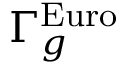
\Gamma _ { g } ^ { \mathrm { E u r o } }